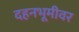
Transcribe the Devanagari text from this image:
दहनभूमीवर